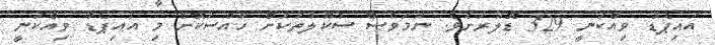
އައިޕެޑު ވިއްކަނީ 329 ޑޮލަރަށެވެ. ނަމަވެސް ސުކޫލުތަކަށް ހާއްސަކޮށް މި އައިޕެޑު ވިއްކަނީ